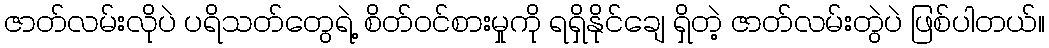
ဇာတ်လမ်းလိုပဲ ပရိသတ်တွေရဲ့ စိတ်ဝင်စားမှုကို ရရှိနိုင်ချေ ရှိတဲ့ ဇာတ်လမ်းတွဲပဲ ဖြစ်ပါတယ်။